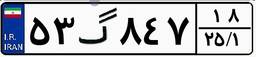
۵۳گ۸۴۷۱۸